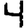
Digit: 4